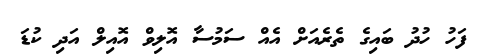
ފަހު ހުދު ބައިގެ ތެރެއަށް އެއް ސަމުސާ އޮލިވް އޮއިލް އަދި ކުޑަ